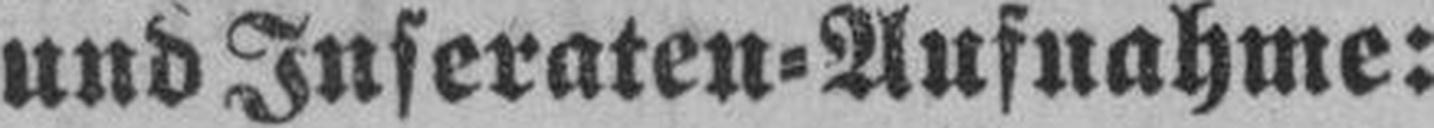
und Inseraten=Aufnahme: